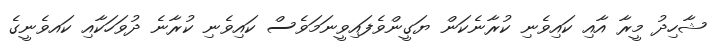
ޝާހިދު މީރާ އާއި ކައިވެނި ކުރާނެކަން ޔަގީންވެފައިވީނަމަވެސް ކައިވެނި ކުރާނެ ދުވަހަކާއި ކައވެނީގެ